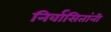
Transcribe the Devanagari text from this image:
निर्वासितांनी